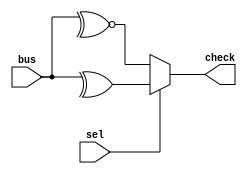
`timescale 1ns/1ns
module odd_sel(
input [31:0] bus,
input sel,
output check
);
//*************code***********//
wire singal, odd;
    assign singal = ~^bus;
    assign odd = ^bus;
    assign check = (sel)? odd : singal;
//*************code***********//
endmodule